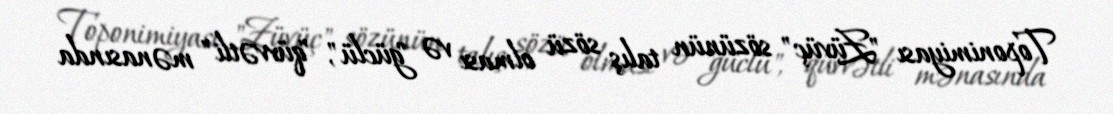
Toponimiyası "Züvüç" sözünün talış sözü olması və "güclü", "qüvvətli" mənasında